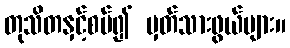
တုသိတနှင့်စပ်၍ မှတ်သားဖွယ်များ။